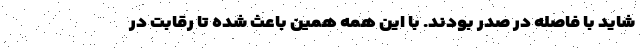
شاید با فاصله در صدر بودند. با این همه همین باعث شده تا رقابت در